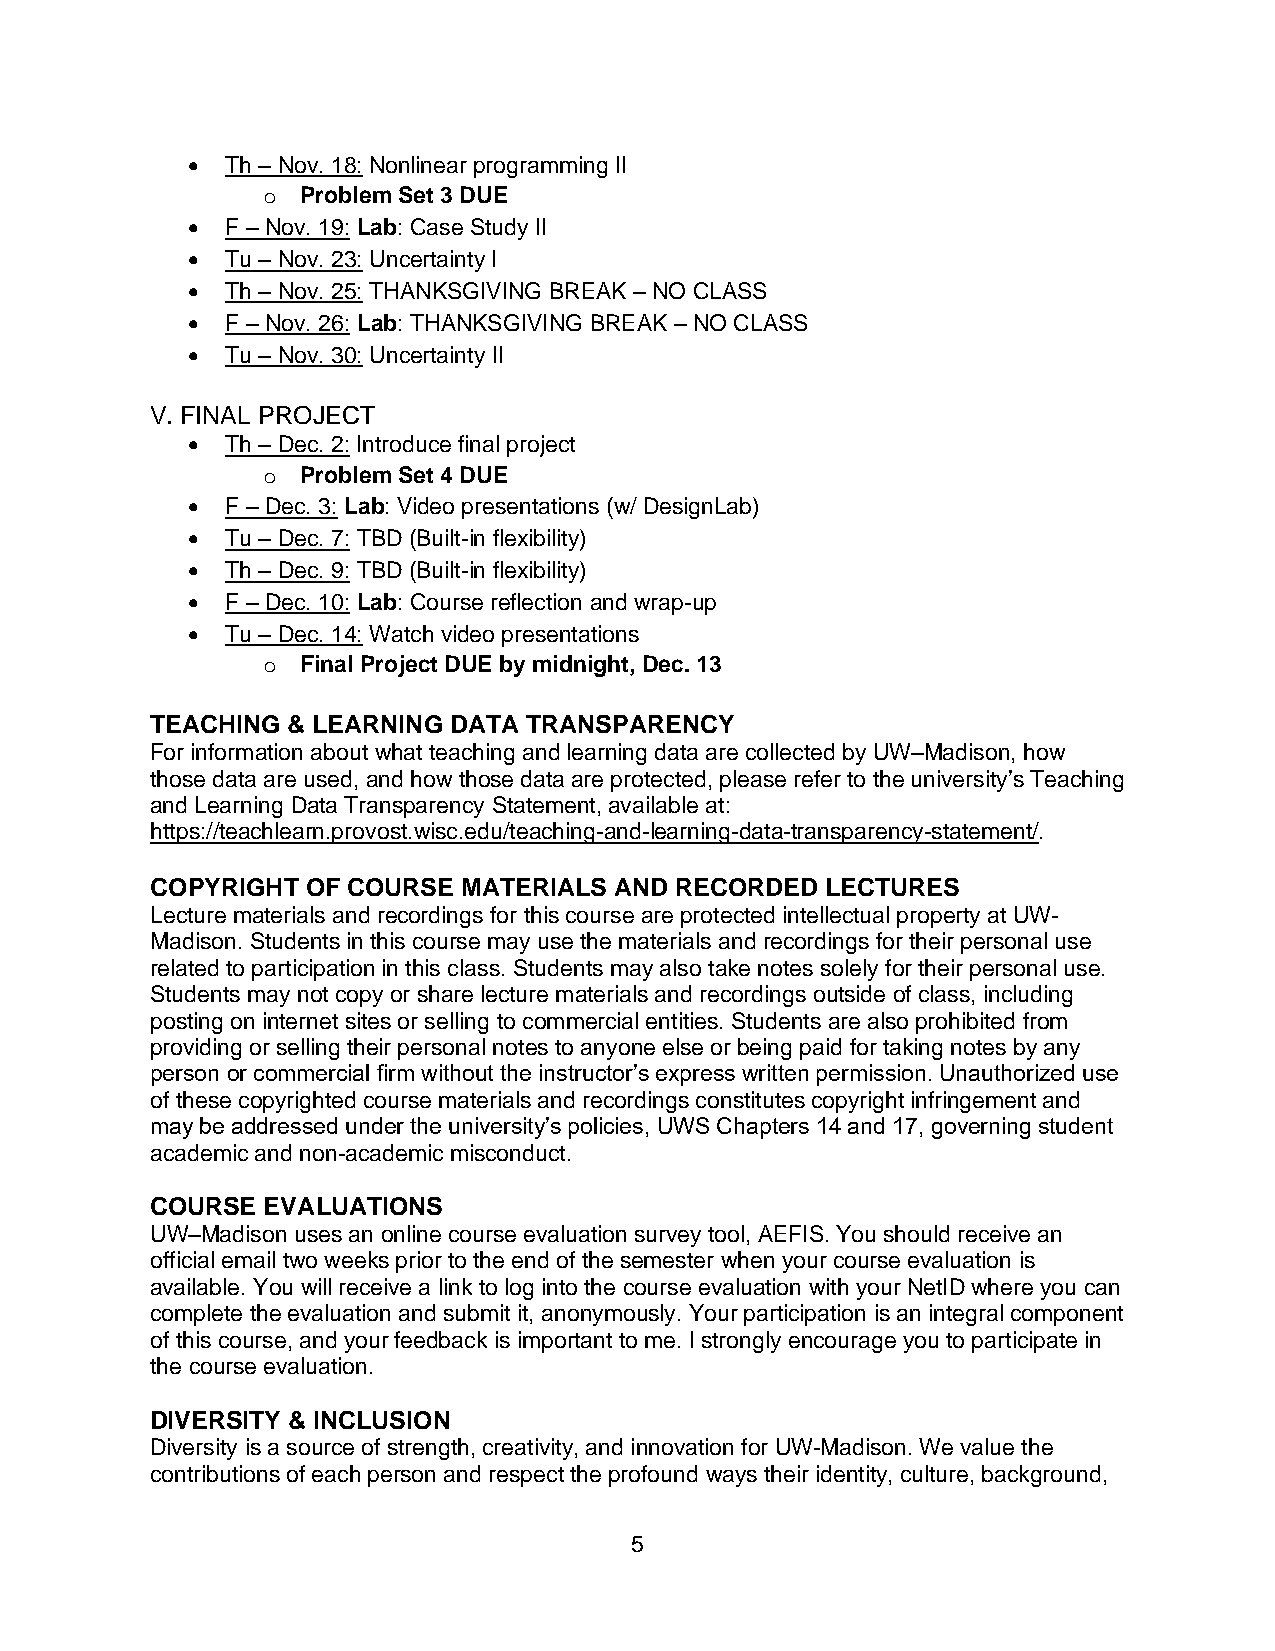
•  Th – Nov. 18: Nonlinear programming II
 o  Problem Set 3 DUE
 •  F – Nov. 19: Lab: Case Study II
 •  Tu – Nov. 23: Uncertainty I
 •  Th – Nov. 25: THANKSGIVING BREAK – NO CLASS
 •  F – Nov. 26: Lab: THANKSGIVING BREAK – NO CLASS
 •  Tu – Nov. 30: Uncertainty II
 V. FINAL PROJECT
 •  Th – Dec. 2: Introduce final project
 o  Problem Set 4 DUE
 •  F – Dec. 3: Lab: Video presentations (w/ DesignLab)
 •  Tu – Dec. 7: TBD (Built-in flexibility)
 •  Th – Dec. 9: TBD (Built-in flexibility)
 •  F – Dec. 10: Lab: Course reflection and wrap-up
 •  Tu – Dec. 14: Watch video presentations
 o  Final Project DUE by midnight, Dec. 13
 TEACHING & LEARNING DATA TRANSPARENCY
 For information about what teaching and learning data are collected by UW–Madison, how
 those data are used, and how those data are protected, please refer to the university’s Teaching
 and Learning Data Transparency Statement, available at:
 https://teachlearn.provost.wisc.edu/teaching-and-learning-data-transparency-statement/.
 COPYRIGHT OF COURSE  MATERIALS AND RECORDED  LECTURES
 Lecture materials and recordings for this course are protected intellectual property at UW-
 Madison. Students in this course may use the materials and recordings for their personal use
 related to participation in this class. Students may also take notes solely for their personal use.
 Students may not copy or share lecture materials and recordings outside of class, including
 posting on internet sites or selling to commercial entities. Students are also prohibited from
 providing or selling their personal notes to anyone else or being paid for taking notes by any
 person or commercial firm without the instructor’s express written permission. Unauthorized use
 of these copyrighted course materials and recordings constitutes copyright infringement and
 may be addressed under the university’s policies, UWS Chapters 14 and 17, governing student
 academic and non-academic misconduct.
 COURSE EVALUATIONS
 UW–Madison uses an online course evaluation survey tool, AEFIS. You should receive an
 official email two weeks prior to the end of the semester when your course evaluation is
 available. You will receive a link to log into the course evaluation with your NetID where you can
 complete the evaluation and submit it, anonymously. Your participation is an integral component
 of this course, and your feedback is important to me. I strongly encourage you to participate in
 the course evaluation.
 DIVERSITY & INCLUSION
 Diversity is a source of strength, creativity, and innovation for UW-Madison. We value the
 contributions of each person and respect the profound ways their identity, culture, background,
 5